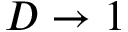
D \to 1